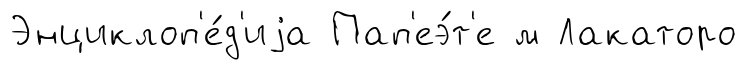
Энциклоп'е́д'иjа Пап'еэ́т'е м Лакаторо